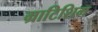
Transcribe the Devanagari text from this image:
ग्राटिशिम